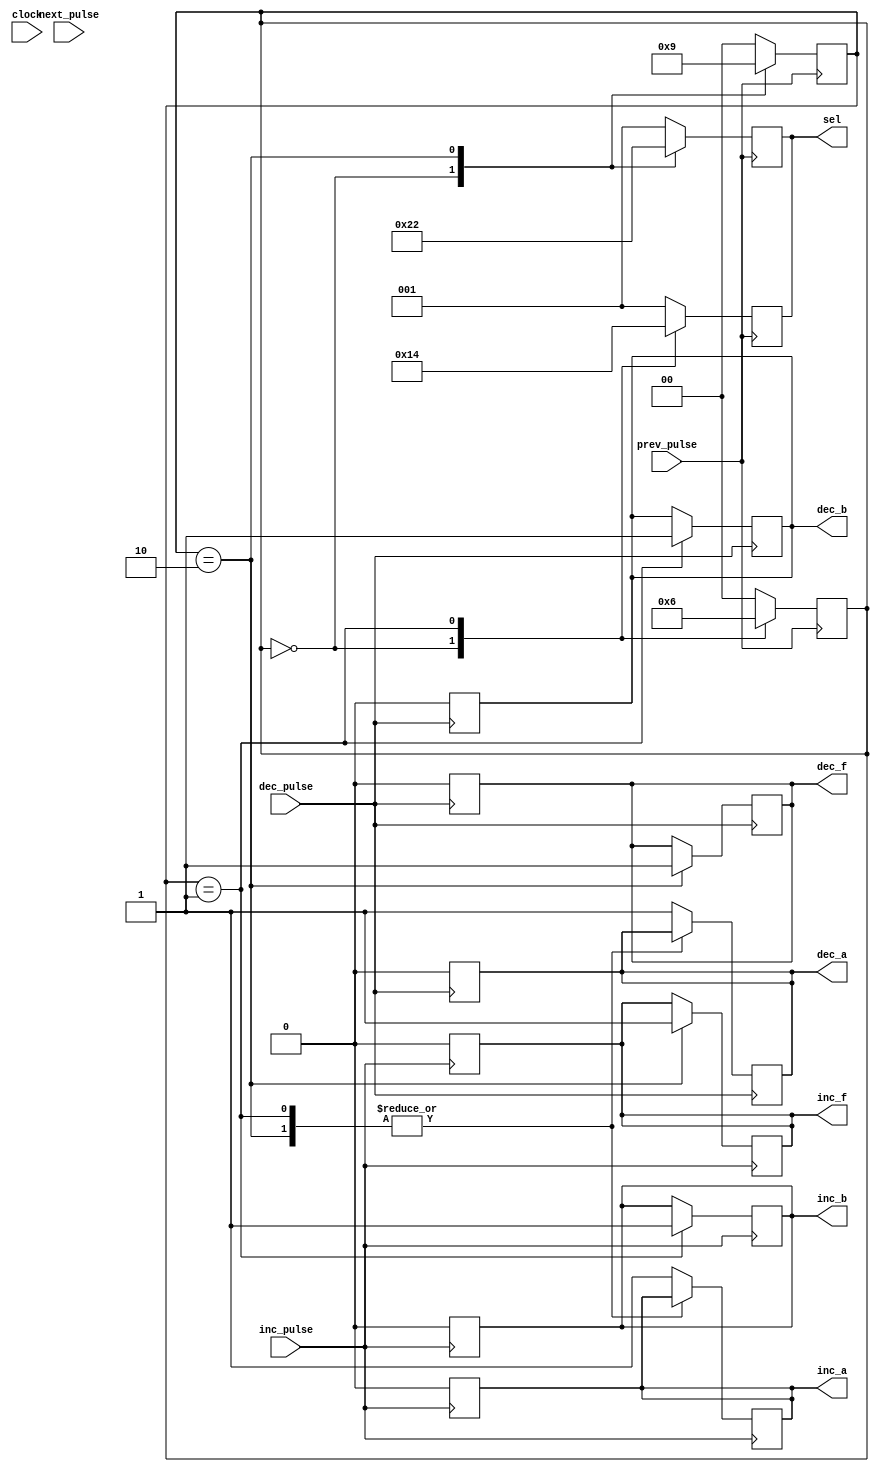
module selector(inc_a, dec_a, inc_b, dec_b, inc_f, dec_f, sel, inc_pulse, dec_pulse, prev_pulse, next_pulse, clock);

parameter a_mode = 2'b00;
parameter b_mode = 2'b01;
parameter f_mode = 2'b10;

output reg inc_a;
output reg dec_a;
output reg inc_b;
output reg dec_b;
output reg inc_f;
output reg dec_f;
output reg [2:0] sel;

input inc_pulse;
input dec_pulse;
input prev_pulse;
input next_pulse;
input clock;

reg [1:0] mode;

	always @ (posedge inc_pulse)
		begin
			case (mode)
				a_mode:		inc_a <= 1'b1;
				b_mode:		inc_b <= 1'b1;
				f_mode:		inc_f <= 1'b1;
				default:		inc_a <= 1'b1;
			endcase
		end
		
	always @ (negedge inc_pulse)
		begin
			inc_a <= 1'b0;
			inc_b <= 1'b0;
			inc_f <= 1'b0;
		end
	
	always @ (posedge dec_pulse)
		begin
			case (mode)
				a_mode:		dec_a <= 1'b1;
				b_mode:		dec_b <= 1'b1;
				f_mode:		dec_f <= 1'b1;
				default:		dec_a <= 1'b1;
			endcase
		end
	
	always @ (negedge dec_pulse)
		begin
			dec_a <= 1'b0;
			dec_b <= 1'b0;
			dec_f <= 1'b0;
		end
	
	always @ (posedge prev_pulse)
		begin
			case (mode)
				
				a_mode:
					begin
						mode <= f_mode;
						sel <= 3'b100;
					end
				
				b_mode:
					begin
						mode <= a_mode;
						sel <= 3'b001;
					end
				
				f_mode:
					begin
						mode <= b_mode;
						sel <= 3'b010;
					end
				
				default:
					begin
						mode <= a_mode;
						sel <= 3'b001;
					end

			endcase
		end

	always @ (posedge prev_pulse)
		begin
			case (mode)
				
				a_mode:
					begin
						mode <= b_mode;
						sel <= 3'b010;
					end
				
				b_mode:
					begin
						mode <= f_mode;
						sel <= 3'b100;
					end
				
				f_mode:
					begin
						mode <= a_mode;
						sel <= 3'b001;
					end
				
				default:
					begin
						mode <= a_mode;
						sel <= 3'b001;
					end
			
			endcase
		end
		
endmodule